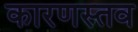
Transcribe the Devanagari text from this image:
कारणस्तव